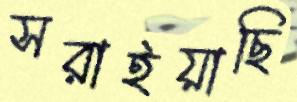
সরাইয়াছি